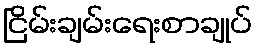
ငြိမ်းချမ်းရေးစာချုပ်